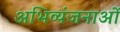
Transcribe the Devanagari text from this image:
अभिव्यंजनाओं